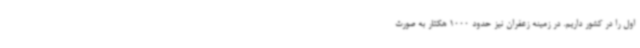
اول را در کشور داریم. در زمینه زعفران نیز حدود 1000 هکتار به صورت